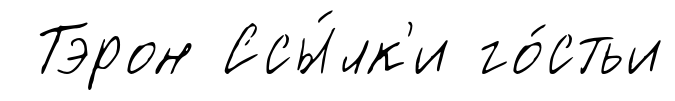
Тэрон Ссы́лк'и го́стьи